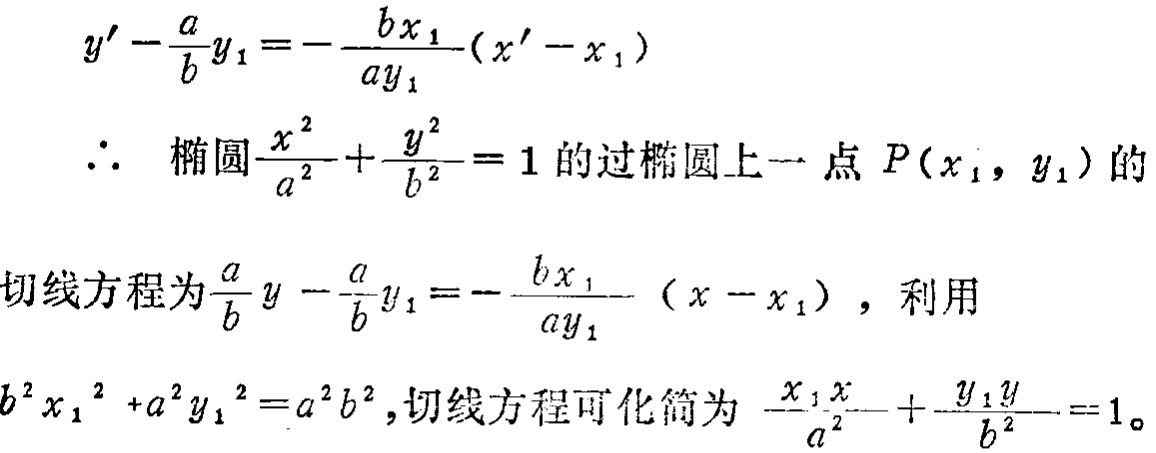
\[
y' - \frac{a}{b}y_1 = - \frac{b x_1}{a y_1}(x' - x_1)
\]
\(\therefore\) 椭圆\(\frac{x^{2}}{a^{2}} + \frac{y^{2}}{b^{2}} = 1\)的过椭圆上一点\(P(x_1, y_1)\)的
切线方程为\(\frac{a}{b}y - \frac{a}{b}y_1 = - \frac{b x_1}{a y_1}(x - x_1)\)，利用
\(b^{2}x_1^{2} + a^{2}y_1^{2} = a^{2}b^{2}\)，切线方程可化简为 \(\frac{x_1 x}{a^{2}} + \frac{y_1 y}{b^{2}} = 1\)。